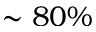
\sim 8 0 \%